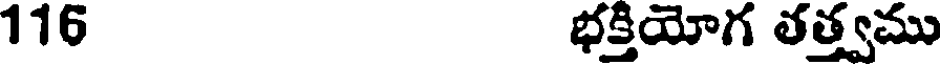
116 భక్తియోగ తత్త్వము